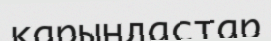
қарындастар